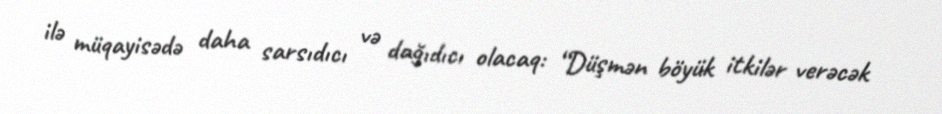
ilə müqayisədə daha sarsıdıcı və dağıdıcı olacaq: “Düşmən böyük itkilər verəcək